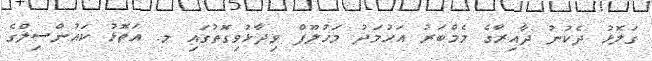
ގަލޮޅު ދެކުނު ދާއިރާގެ މެމްބަރު އަހުމަދު މަހުލޫފް ވިދާޅުވިގޮތުގައި މ. އަތޮޅު ކައުންސިލްގެ